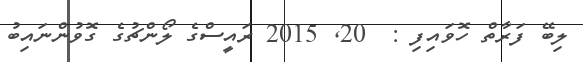
ލިބޭ ފަރާތް ހޮވައިފި :  20